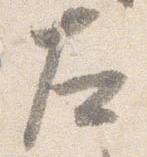
左